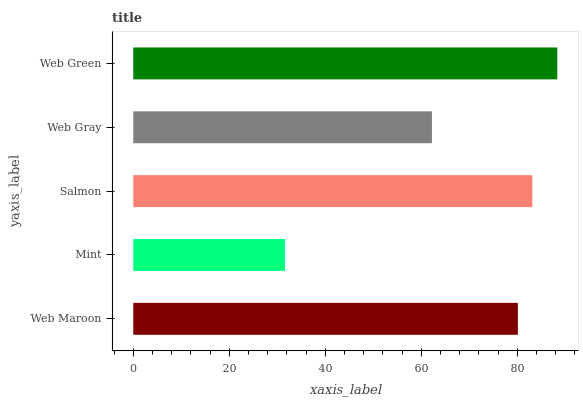
| yaxis_label | bars |
 | --- | --- |
 | Web Maroon | 80.1 |
 | Mint | 31.6 |
 | Salmon | 83.1 |
 | Web Gray | 62.2 |
 | Web Green | 88.3 |